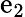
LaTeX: \mathrm{e}_{2}